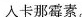
入卡那霉素。